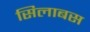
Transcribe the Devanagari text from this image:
सिलाबस